Leaving Certificate Examination, 1919, 1919
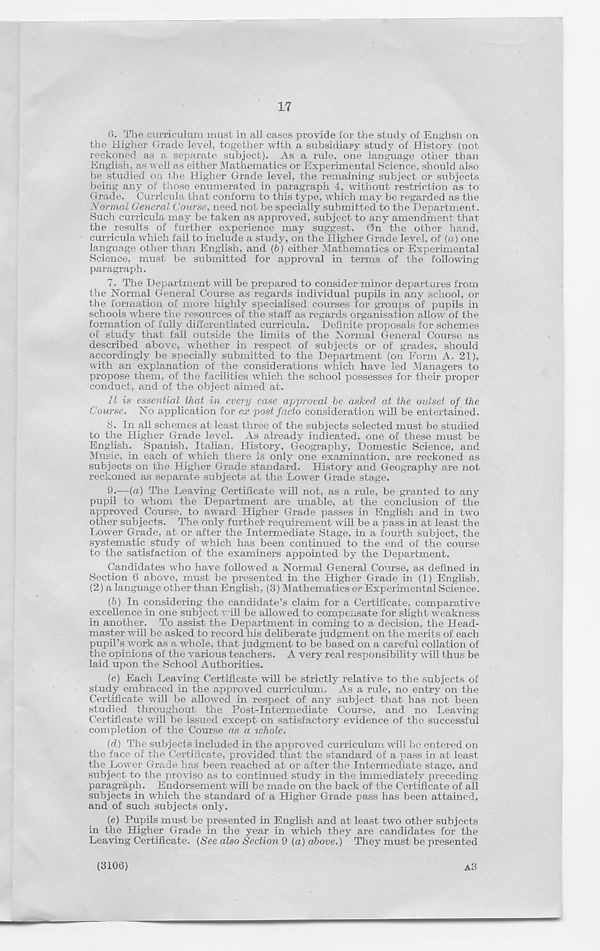
17
(». The curriculum must in all cases provide for the study of English on
the Higher Grade level, together with a subsidiary study of History (not
reckoned as a separate subject). As a rule, one language other than
English, as well as either Mathematics or Experimental Science, should also
be studied on the Higher Grade level, the remaining subject or subjects
being any of those enumerated in paragraph 4, without restriction as to
Grade. Curricula that conform to this type, which may be regarded as the
Normal General Course, need not be specially submitted to the Department.
Such curricula may be taken as approved, subject to any amendment that
the results of further experience may suggest. On the other hand,
curricula which fail to include a study, on the Higher Grade level, of (a) one
language other than English, and (6) either Mathematics or Experimental
Science, must be submitted for approval in terms of the following
paragraph.
7. The Department will be prepared to consider minor departures from
the Normal General Course as regards individual pupils in any school, or
the formation of more highly specialised courses for groups of pupils in
schools where the resources of the staff as regards organisation allow of the
formation of fully differentiated curricula. Definite proposals for schemes
of study that fall outside the limits of the Normal General Course as
described above, whether in respect of subjects or of grades, should
accordingly be specially submitted to the Department (on Form A. 21),
with a;n explanation of the considerations which have led Managers to
propose them, of the facilities which the school possesses for their proper
conduct, and of the object aimed at.
It is essential that in every case approval he asked at the outset of the
Course. No application for ex post facto consideration will be entertained.
8. In all schemes at least three of the subjects selected must be studied
to the Higher Grade level. As already indicated, one of these must be
English. Spanish, Italian, History, Geography, Domestic Science, and
Music, in each of which there is only one examination, are reckoned as
subjects on the Higher Grade standard. History and Geography are not
reckoned as separate subjects at the Lower Grade stage.
9.
—(a) The Leaving Certificate will not, as a rul
pupil to whom the Department are unable, at the conclusion of the
approved Course, to award Higher Grade passes in English and in two
other subjects. The only furthet requirement will be a pass in at least the
Lower Grade, at or after the Intermediate Stage, in a fourth subject, the
systematic study of which has been continued to the end of the course
to the satisfaction of the examiners appointed by the Department.
Candidates who have followed a Normal General Course, as defined in
Section 6 above, must be presented in the Higher Grade in (1) English,
(2) a language other than English, (3) Mathematics or Experimental Science.
(6) In considering the candidate’s claim for a Certificate, comparative
excellence in one subject will be allowed to compensate for slight weakness
in another. To assist the Department in coming to a decision, the Head-
master will be asked to record his deliberate judgment on the merits of each
pupil’s work as a whole, that judgment to be based on a careful collation of
the opinions of the various teachers. A very real responsibility will thus be
laid upon the School Authorities.
(c) Each Leaving Certificate will be strictly relative to the subjects of
study embraced in the approved curriculum. As a rule, no entry on the
Certificate will be allowed in respect of any subject that has not been
studied throughout the Post-Intermediate Course, and no Leaving-
Certificate will be issued except on satisfactory evidence of the successful
completion of the Course as a whole.
(d) The subjects included in the approved curriculum will be entered on
the face of the Certificate, provided that the standard of a pass in at least
the Lower Grade has been reached at or after the Intermediate stage, and
subject to the proviso as to continued study in the immediately preceding
paragraph. Endorsement will be made on the back of the Certificate of all
subjects in which the standard of a Higher Grade pass has been attained,
and of such subjects only.
(e) Pupils must be presented in English and at least two other subjects
in the Higher Grade in the year in which they are candidates for the
Leaving Certificate. (See also Section 9 (a) above.) They must be presented
(3106)
A3